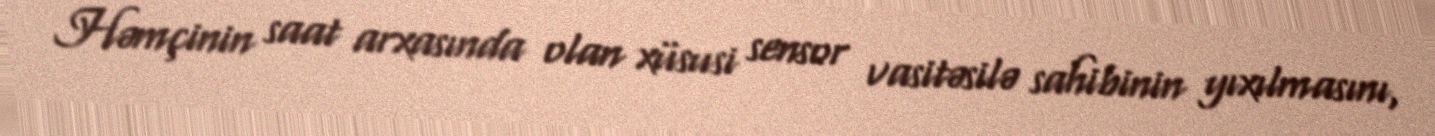
Həmçinin saat arxasında olan xüsusi sensor vasitəsilə sahibinin yıxılmasını,